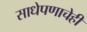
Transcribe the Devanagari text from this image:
साधेपणाचेही